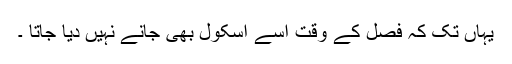
یہاں تک کہ فصل کے وقت اسے اسکول بھی جانے نہیں دیا جاتا ۔